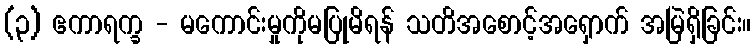
(၃) ဧကာရက္ခ - မကောင်းမှုကိုမပြုမိရန် သတိအစောင့်အရှောက် အမြဲရှိခြင်း။